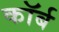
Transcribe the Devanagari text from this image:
कॉर्ब